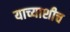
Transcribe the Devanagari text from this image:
याच्याशीच